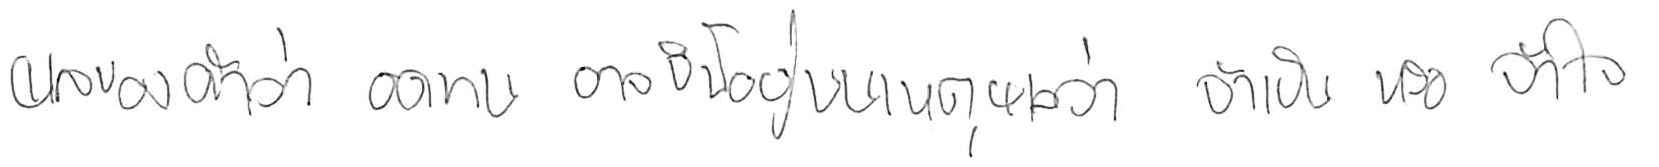
ผลของคำว่า อดทน อาจขึ้นอยู่บนเหตุผลว่า จำเป็น หรือ จำใจ